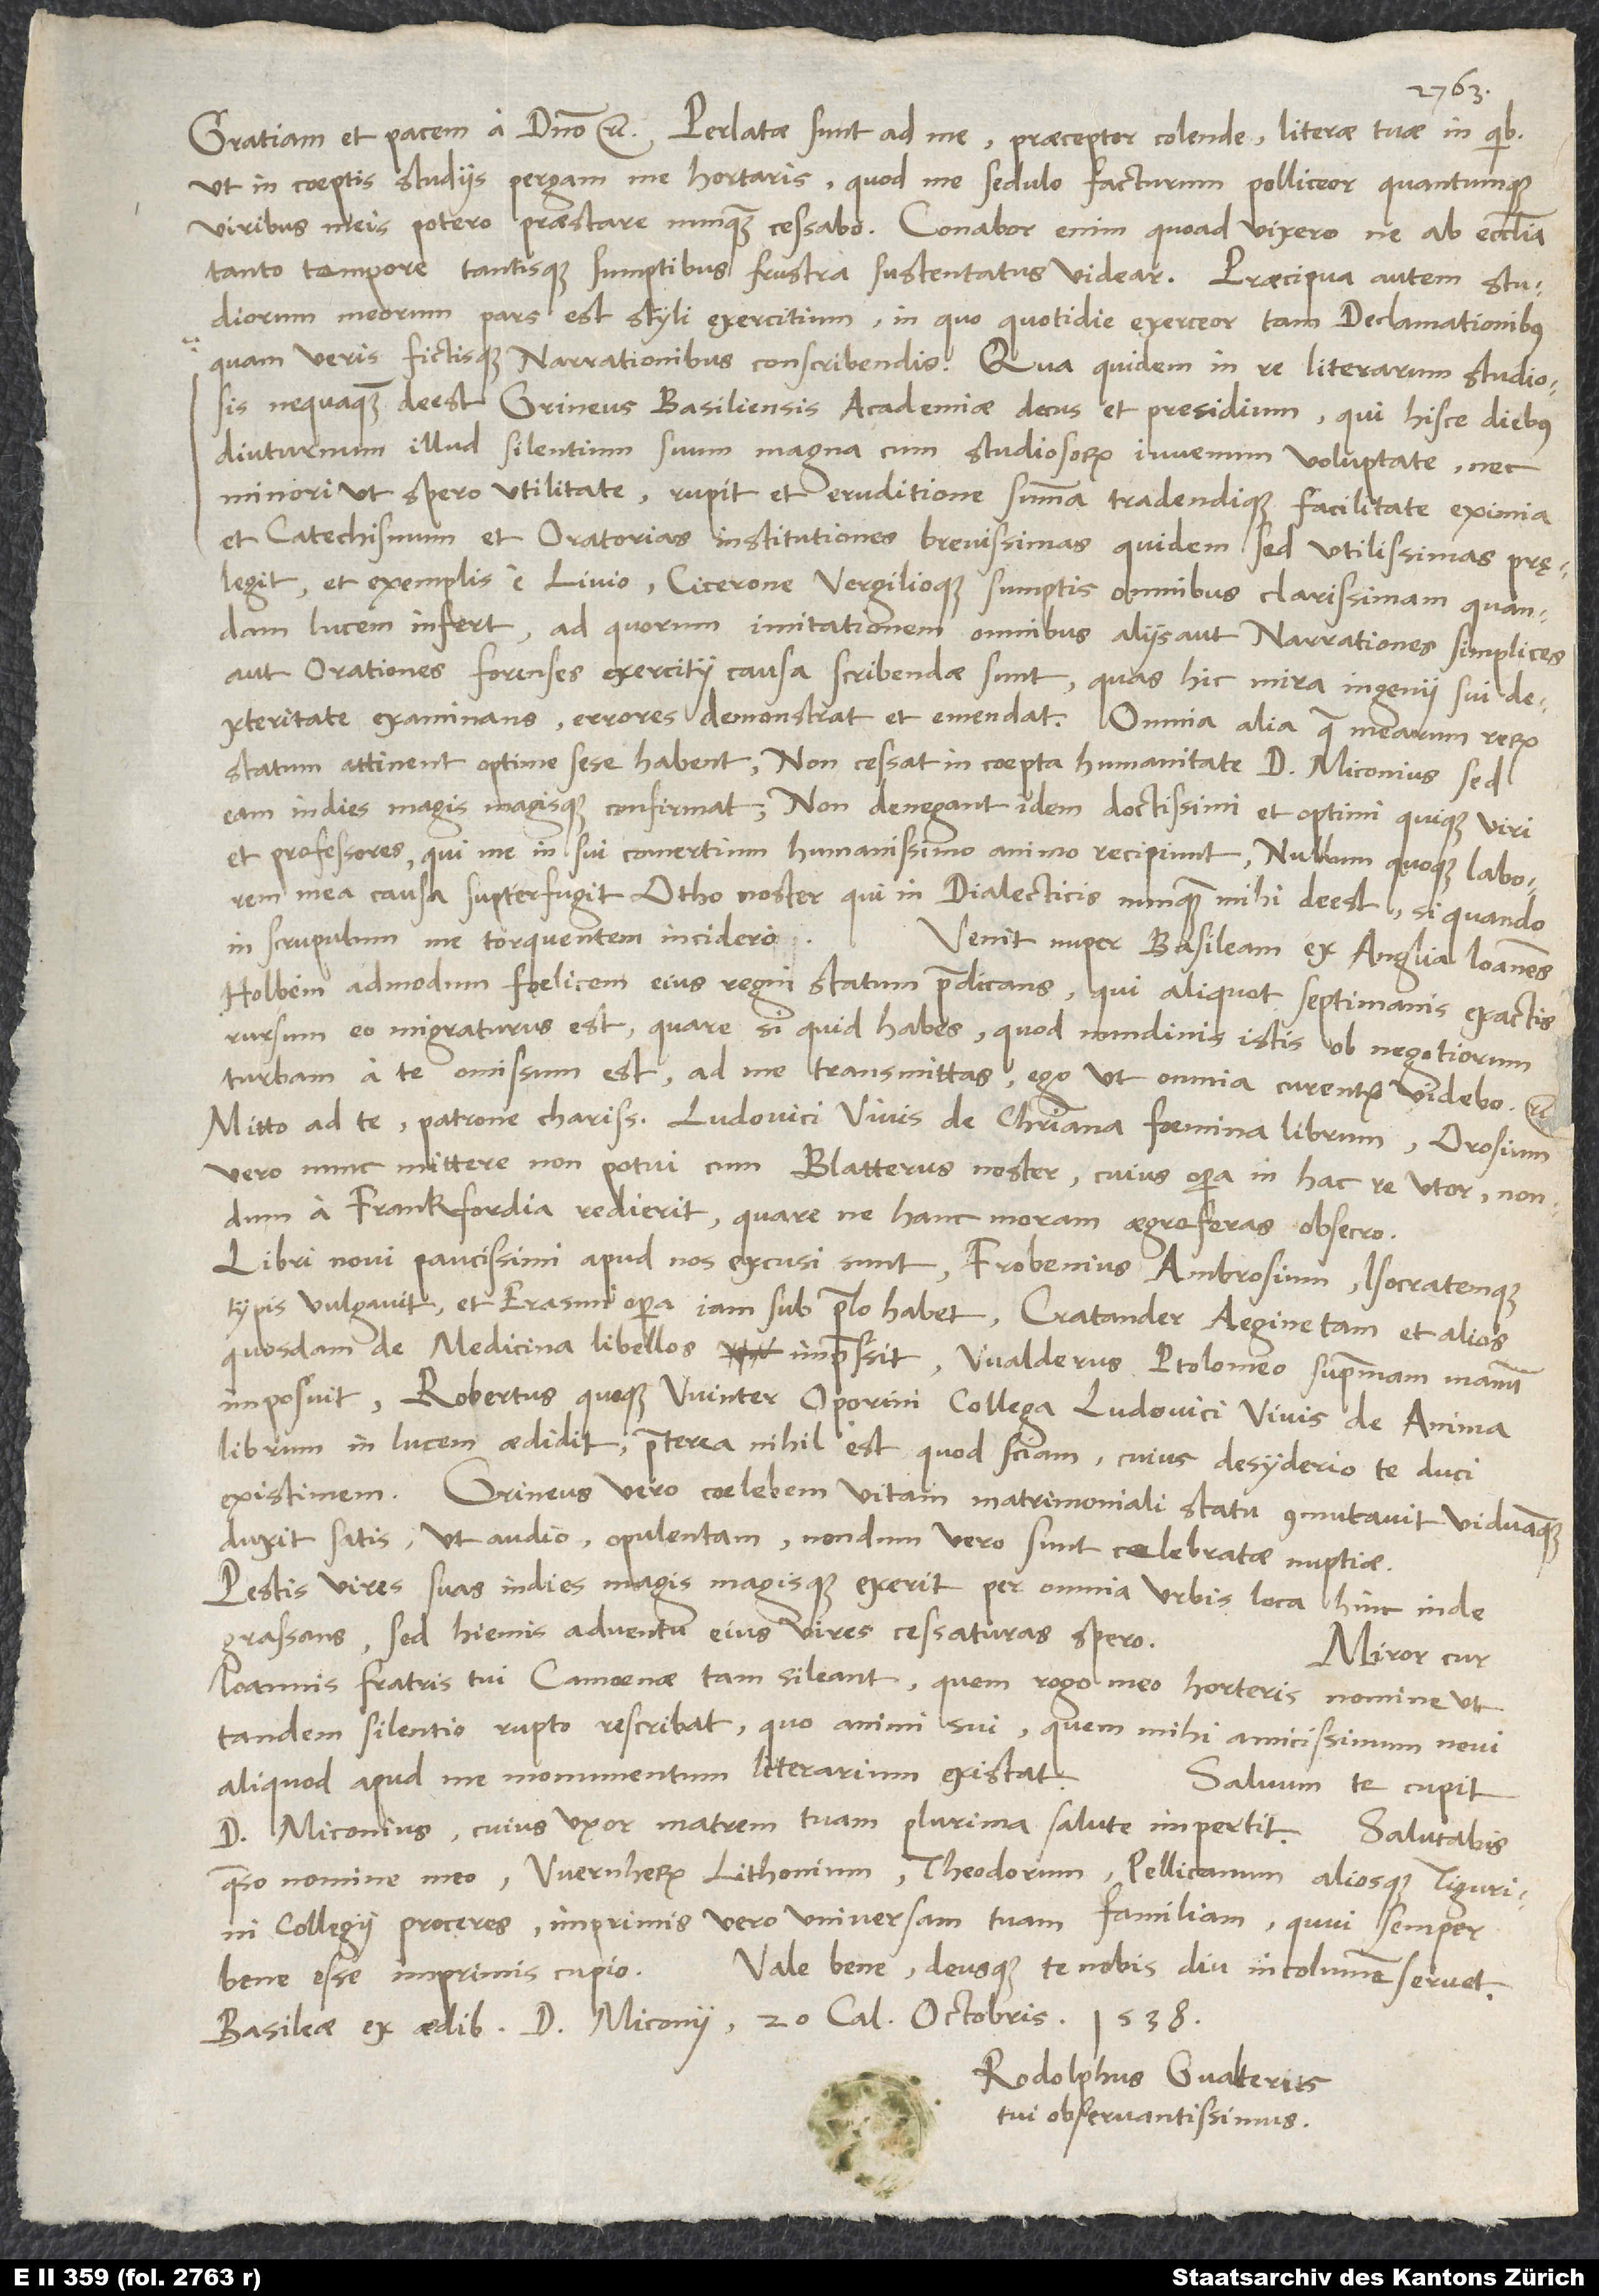
ut in coeptis studiis pergam, me hortaris, quod me sedulo facturum polliceor quantumque
viribus meis potero praestare, nunquam cessabo. Conabor enim, quoad vixero, ne ab ecclesia
meorum pars est styli exercitium, in quo quotidie exerceor tam declamationibus
nequaquam deest Grineus, Basiliensis academiae decus et presidium, qui hisce diebus
diuturnum illud silentium suum magna cum studiosorum iuvenum voluptate nec
minori, ut spero, utilitate rupit et eruditione summa tradendique facilitate eximia
et catechismum et oratorias institutiones brevissimas quidem, sed utilissimas pręlegit
et exemplis e Livio, Cicerone Vergilioque sumptis omnibus clarissimam quandam
lucem infert, ad quorum imitationem omnibus aliis aut narrationes simplices
aut orationes forenses exercitii causa scribendae sunt, quas hic mira ingenii sui
statum attinent, optime sese habent. Non cessat in coepta humanitate d. Miconius, sed
eam indies magis magisque confirmat. Non denegant idem doctissimi et optimi quique viri
et professores, qui me in sui comertium humanissimo animo recipiunt. Nullum quoque laborem
mea causa supterfugit Otho noster, qui in dialecticis nunquam mihi deest, si quando
in scrupulum me torquentem incidero.
Venit nuper Basileam ex Anglia Ioannes
Holbein admodum foelicem eius regni statum praedicans, qui aliquot septimanis exactis
rursum eo migraturus est. Quare, si quid habes, quod nundinis istis ob negotiorum
turbam a te omissum est, ad me transmittas; ego, ut omnia curentur, videbo.
Mitto ad te, patrone charissime, Ludovici Vivis De christiana foemina librum. Orosium
vero nunc mittere non potui, cum Blatterus noster, cuius opera in hac re utor, nondum
a Frankfordia redierit. Quare, ne hanc moram aegre feras, obsecro.
Libri novi paucissimi apud nos excusi sunt. Frobenius Ambrosium Isocratemque
typis vulgavit et Erasmi opera iam sub prelo habet; Cratander Aeginetam et alios
quosdam de medicina libellos impressit; Walderus Ptolomeo supremam manum
imposuit; Robertus quoque Winter, Oporini collega, Ludovici Vivis De anima
librum in lucem aedidit. Praeterea nihil est, quod sciam, cuius desyderio te duci
Grineus vero coelebem vitam matrimoniali statu commutavit viduamque
duxit satis, ut audio, opulentam; nondum vero sunt celebratae nuptiae.
Pestis vires suas indies magis magisque exerit per omnia urbis loca hinc inde
grassans, sed hiemis adventu eius vires cessaturas spero.
Miror, cur
Ioannis, fratris tui, Camoenae tam sileant; quem, rogo, meo horteris nomine, ut
tandem silentio rupto rescribat, quo animi sui, quem mihi amicissimum novi,
aliquod apud me monumentum literarium existat.
Salvum te cupit
d. Miconius, cuius uxor matrem tuam plurima salute impertit. Salutabis,
quaeso, nomine meo Wernherum Lithonium, Theodorum, Pellicanum aliosque Tigurini
collegii proceres, imprimis vero universam tuam familiam, quui semper
Vale bene, deusque te nobis diu incolumem servet.
bene esse imprimis cupio.
Basileae, ex aedibus d. Miconii, 20. calendas octobris 1538.
Rodolphus Gvalterus,
tui observantissimus.